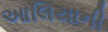
આલિયાની